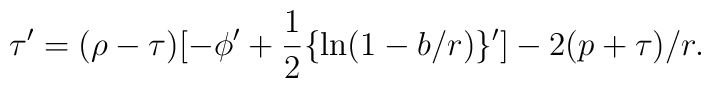
\tau' = (\rho-\tau)[-\phi' +{1\over2}\{\ln(1-b/r)\}'] - 2(p+\tau)/r.